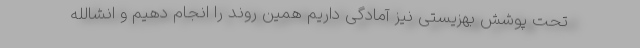
تحت پوشش بهزیستی نیز آمادگی داریم همین روند را انجام دهیم و انشالله